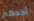
أحدهم